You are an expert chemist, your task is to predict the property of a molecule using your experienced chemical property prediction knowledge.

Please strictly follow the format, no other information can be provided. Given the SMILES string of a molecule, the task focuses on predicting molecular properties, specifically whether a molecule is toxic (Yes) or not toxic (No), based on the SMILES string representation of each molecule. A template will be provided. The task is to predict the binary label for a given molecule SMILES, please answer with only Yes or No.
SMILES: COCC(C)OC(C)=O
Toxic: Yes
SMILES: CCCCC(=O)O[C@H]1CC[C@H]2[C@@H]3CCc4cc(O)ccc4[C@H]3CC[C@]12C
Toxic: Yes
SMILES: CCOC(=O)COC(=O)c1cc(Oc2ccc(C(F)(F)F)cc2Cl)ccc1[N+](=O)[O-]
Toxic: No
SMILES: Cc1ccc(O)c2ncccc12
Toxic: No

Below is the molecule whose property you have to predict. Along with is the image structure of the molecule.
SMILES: O=C(CCl)C(Cl)Cl
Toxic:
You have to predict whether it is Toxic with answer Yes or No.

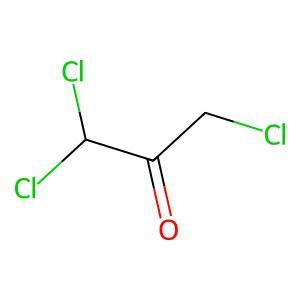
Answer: No